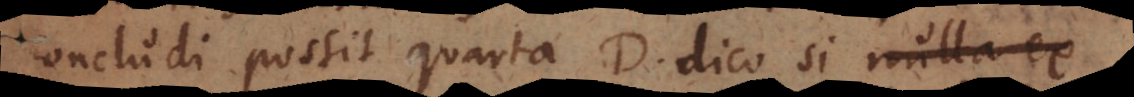
concludi possit quarta D, dico si nulla ex